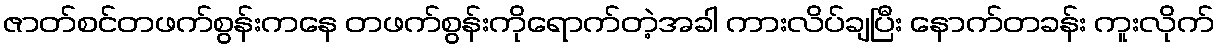
ဇာတ်စင်တဖက်စွန်းကနေ တဖက်စွန်းကိုရောက်တဲ့အခါ ကားလိပ်ချပြီး နောက်တခန်း ကူးလိုက်